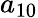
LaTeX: a_{10}